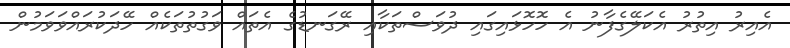
އެއިރު އިތުރު އެކަލޭގެފާނު އެ ހޮހޮޅައިގައި ދުވަސްތަކާއި ރޭގަނޑުގެ އެތައް ވަގުތުތަކެއް ހޭދަކުރައްވަވަމުން